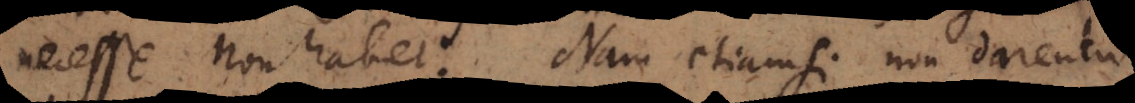
necesse non habet. Nam etiamsi non darentur